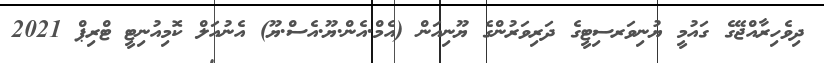
ދިވެހިރާއްޖޭގެ ގައުމީ ޔުނިވަރސިޓީގެ ދަރިވަރުންގެ ޔޫނިއަން (އެމް.އެން.ޔޫ.އެސް.ޔޫ) އެނުއަލް ކޮމިއުނިޓީ ޓްރިޕް 2021